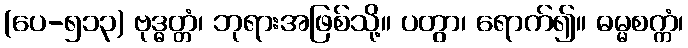
(ပေ-၅၁၃) ဗုဒ္ဓတ္တံ၊ ဘုရားအဖြစ်သို့။ ပတွာ၊ ရောက်၍။ ဓမ္မစက္ကံ၊